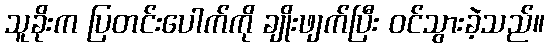
သူခိုးက ပြတင်းပေါက်ကို ချိုးဖျက်ပြီး ဝင်သွားခဲ့သည်။